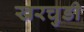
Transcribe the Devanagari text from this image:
खरचुडी